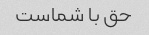
حق با شماست